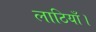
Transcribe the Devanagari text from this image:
लाठियाँ।